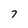
Character: 7